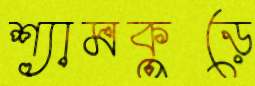
শ্যামকুড়ে